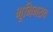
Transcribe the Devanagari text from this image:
भूमिभराव